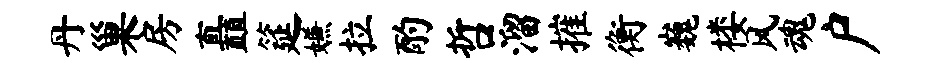
丹巢房矗筵嫌拉酌哲溜摧衡巍楼风魂户